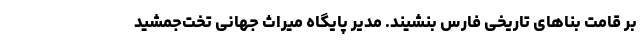
بر قامت بناهای تاریخی فارس بنشیند. مدیر پایگاه میراث جهانی تخت‌جمشید